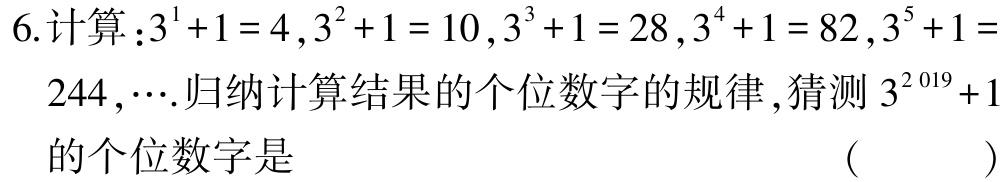
6.计算：\(3^{1}+1 = 4\)，\(3^{2}+1 = 10\)，\(3^{3}+1 = 28\)，\(3^{4}+1 = 82\)，\(3^{5}+1 = 244\)，\(\cdots\).归纳计算结果的个位数字的规律，猜测\(3^{2019}+1\)的个位数字是 （  ）